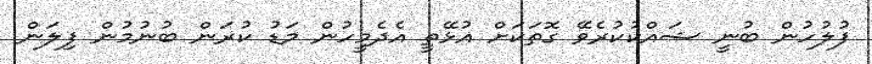
ފުލުހުން ބުނީ ޝައްކުކުރެވޭ ގޮތަކަށް އުޅޭތީ އެދެމީހުން މަޑު ކުރަން ބުނުމުން ފިލަން